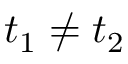
t _ { 1 } \neq t _ { 2 }